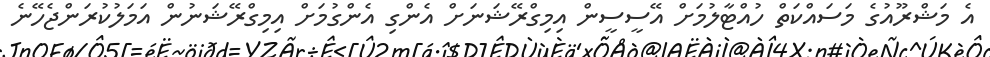
އެ މަޝްރޫއުގެ މަސައްކަތް ހުއްޓާލުމަށް އޭސީސީން އިމިގްރޭޝަނަށް އެންގި އެންގުމަށް އިމިގްރޭޝަނުން އަމަލުކުރަންޖެހޭނެ